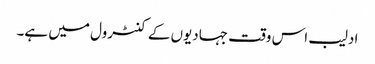
ادلیب اس وقت جہادیوں کے کنٹرول میں ہے۔